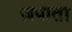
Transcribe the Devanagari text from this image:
ज़पाता